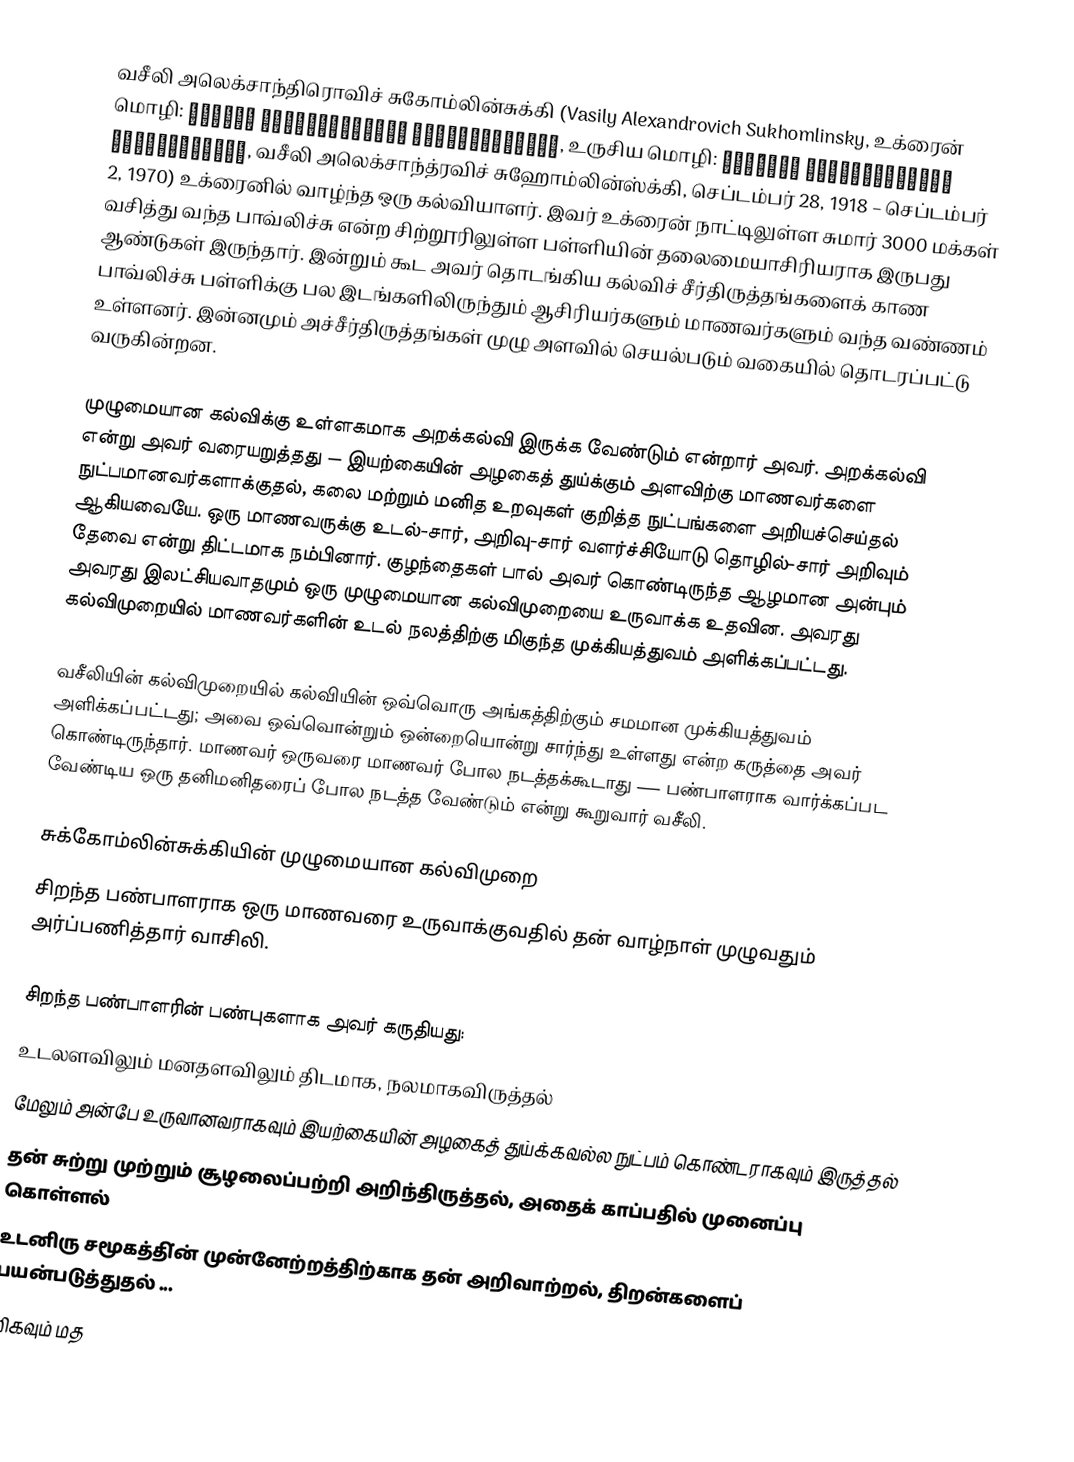
வசீலி அலெக்சாந்திரொவிச் சுகோம்லின்சுக்கி (Vasily Alexandrovich Sukhomlinsky, உக்ரைன் மொழி: Василь Олександрович Сухомлинський, உருசிய மொழி: Васи́лий Алекса́ндрович Сухомли́нский, வசீலி அலெக்சாந்த்ரவிச் சுஹோம்லின்ஸ்க்கி, செப்டம்பர் 28, 1918 – செப்டம்பர் 2, 1970) உக்ரைனில் வாழ்ந்த ஒரு கல்வியாளர். இவர் உக்ரைன் நாட்டிலுள்ள சுமார் 3000 மக்கள் வசித்து வந்த பாவ்லிச்சு என்ற சிற்றூரிலுள்ள பள்ளியின் தலைமையாசிரியராக இருபது ஆண்டுகள் இருந்தார். இன்றும் கூட அவர் தொடங்கிய கல்விச் சீர்திருத்தங்களைக் காண பாவ்லிச்சு பள்ளிக்கு பல இடங்களிலிருந்தும் ஆசிரியர்களும் மாணவர்களும் வந்த வண்ணம் உள்ளனர். இன்னமும் அச்சீர்திருத்தங்கள் முழு அளவில் செயல்படும் வகையில் தொடரப்பட்டு வருகின்றன.

முழுமையான கல்விக்கு உள்ளகமாக அறக்கல்வி இருக்க வேண்டும் என்றார் அவர். அறக்கல்வி என்று அவர் வரையறுத்தது — இயற்கையின் அழகைத் துய்க்கும் அளவிற்கு மாணவர்களை நுட்பமானவர்களாக்குதல், கலை மற்றும் மனித உறவுகள் குறித்த நுட்பங்களை அறியச்செய்தல் ஆகியவையே. ஒரு மாணவருக்கு உடல்-சார், அறிவு-சார் வளர்ச்சியோடு தொழில்-சார் அறிவும் தேவை என்று திட்டமாக நம்பினார். குழந்தைகள் பால் அவர் கொண்டிருந்த ஆழமான அன்பும் அவரது இலட்சியவாதமும் ஒரு முழுமையான கல்விமுறையை உருவாக்க உதவின. அவரது கல்விமுறையில் மாணவர்களின் உடல் நலத்திற்கு மிகுந்த முக்கியத்துவம் அளிக்கப்பட்டது.

வசீலியின் கல்விமுறையில் கல்வியின் ஒவ்வொரு அங்கத்திற்கும் சமமான முக்கியத்துவம் அளிக்கப்பட்டது; அவை ஒவ்வொன்றும் ஒன்றையொன்று சார்ந்து உள்ளது என்ற கருத்தை அவர் கொண்டிருந்தார். மாணவர் ஒருவரை மாணவர் போல நடத்தக்கூடாது — பண்பாளராக வார்க்கப்பட வேண்டிய ஒரு தனிமனிதரைப் போல நடத்த வேண்டும் என்று கூறுவார் வசீலி.

சுக்கோம்லின்சுக்கியின் முழுமையான கல்விமுறை
சிறந்த பண்பாளராக ஒரு மாணவரை உருவாக்குவதில் தன் வாழ்நாள் முழுவதும் அர்ப்பணித்தார் வாசிலி.

சிறந்த பண்பாளரின் பண்புகளாக அவர் கருதியது:
 உடலளவிலும் மனதளவிலும் திடமாக, நலமாகவிருத்தல்
 மேலும் அன்பே உருவானவராகவும் இயற்கையின் அழகைத் துய்க்கவல்ல நுட்பம் கொண்டராகவும் இருத்தல்
 தன் சுற்று முற்றும் சூழலைப்பற்றி அறிந்திருத்தல், அதைக் காப்பதில் முனைப்பு கொள்ளல்
 உடனிரு சமூகத்தி்ன் முன்னேற்றத்திற்காக தன் அறிவாற்றல், திறன்களைப் பயன்படுத்துதல் ...
மிகவும் மத